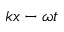
k x - \omega t